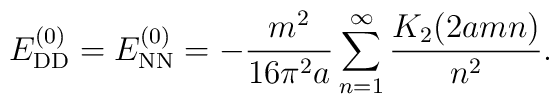
E_{\rm DD}^{(0)}=E_{\rm NN}^{(0)}=-\frac{m^2}{16\pi^2 a}\sum_{n=1}^{\infty}\frac{K_2(2amn)}{n^2}.